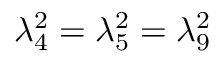
\lambda _ { 4 } ^ { 2 } = \lambda _ { 5 } ^ { 2 } = \lambda _ { 9 } ^ { 2 }